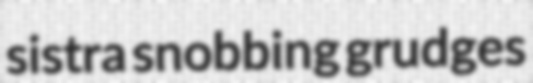
sistra snobbing grudges